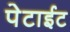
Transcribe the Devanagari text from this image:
पेटाईट